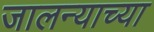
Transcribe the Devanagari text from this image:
जालन्याच्या